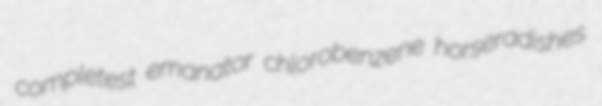
completest emanator chlorobenzene horseradishes